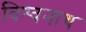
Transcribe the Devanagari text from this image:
विश्‍वनाथ्‍ा